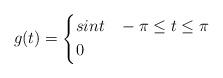
LaTeX: \begin{align*} g(t)=\left\{\begin{aligned} &sint && -\pi\le t \le \pi \\ & 0 && \end{aligned} \right.\end{align*}